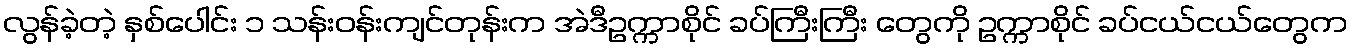
လွန်ခဲ့တဲ့ နှစ်ပေါင်း ၁ သန်းဝန်းကျင်တုန်းက အဲဒီဥက္ကာစိုင် ခပ်ကြီးကြီး တွေကို ဥက္ကာစိုင် ခပ်ငယ်ငယ်တွေက